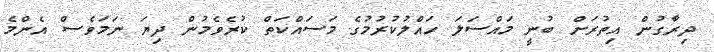
ދިރާގުން އިތުރަށް ބުނީ މައްސަލަ ހައްލުކުރުމުގެ މަސައްކަތް ކުރެވެމުން ދިޔަ ނަމަވެސް އެންމެ